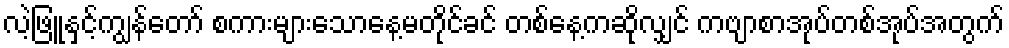
လဲ့ဖြူနှင့်ကျွန်တော် စကားများသောနေ့မတိုင်ခင် တစ်နေ့ကဆိုလျှင် ကဗျာစာအုပ်တစ်အုပ်အတွက်